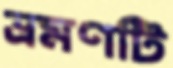
ভ্রমণটি